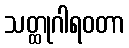
သတ္ထုဂါရဝတာ